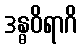
ဒန္ဓဝိရာဂိ